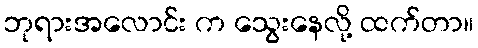
ဘုရားအလောင်း က သွေးနေလို့ ထက်တာ။